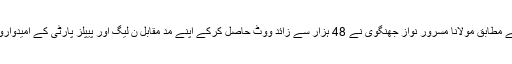
غیر سرکاری نتائج کے مطابق مولانا مسرور نواز جھنگوی نے 48 ہزار سے زائد ووٹ حاصل کرکے اپنے مد مقابل ن لیگ اور پیپلز پارٹی کے امیدواروں کو شکست دے دی۔